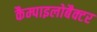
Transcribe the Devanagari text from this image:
कैम्पाइलोबैक्टर